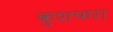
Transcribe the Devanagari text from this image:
कुशफरा